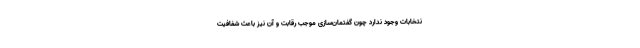
نتخابات وجود ندارد چون گفتمان‌سازی موجب رقابت و آن نیز باعث شفافیت